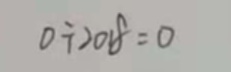
0 \div 2 0 1 8 = 0